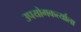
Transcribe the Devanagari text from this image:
उपयोगकर्त्याला